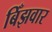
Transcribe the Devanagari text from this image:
बिँझवार